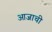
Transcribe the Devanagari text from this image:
आजाची